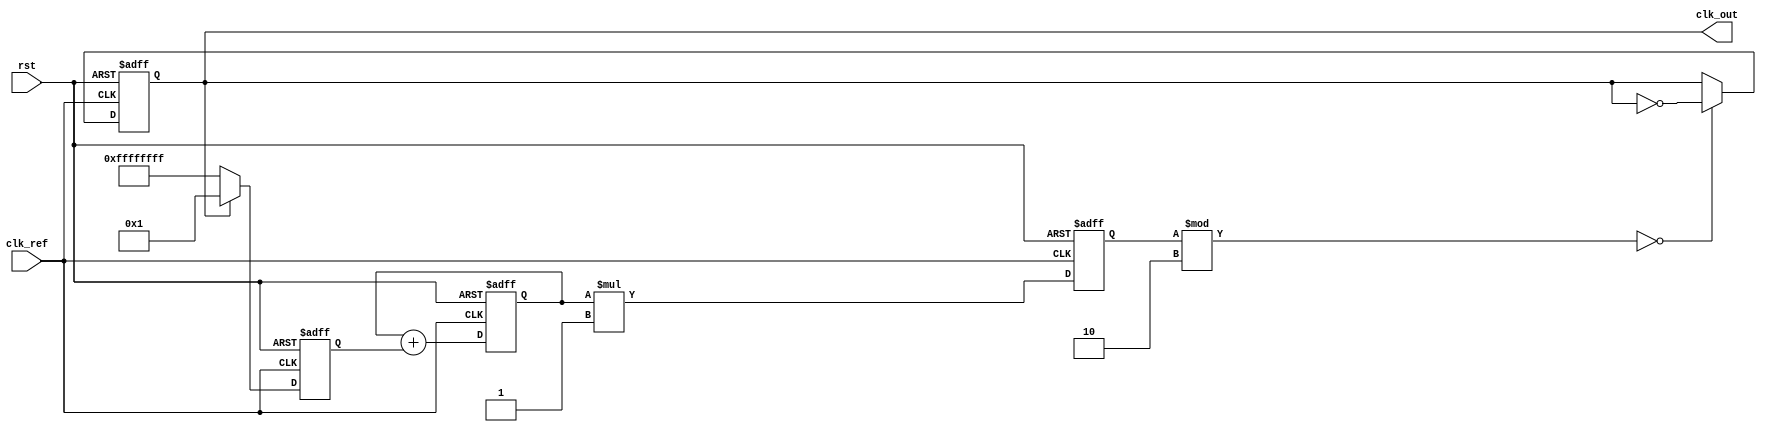
module parameterized_PLL #(
    parameter F_ref = 50_000_000,   // Reference frequency (Hz)
    parameter F_out = 100_000_000,  // Desired output frequency (Hz)
    parameter N = F_out / F_ref,     // Division ratio
    parameter VCO_sensitivity = 1,   // Sensitivity of VCO (Hz/V)
    parameter LOOP_FILTER_ORDER = 1  // 1 for first-order, 2 for second-order
) (
    input wire clk_ref,              // Reference clock input
    input wire rst,                  // Reset signal
    output reg clk_out               // Output clock
);

    // Internal signals
    reg [31:0] phase_error;          // Phase error signal
    reg [31:0] control_voltage;      // Control voltage for VCO
    reg [31:0] vco_output;           // VCO output
    reg [31:0] feedback;             // Feedback signal

    // Phase Detector (PD)
    always @(posedge clk_ref or posedge rst) begin
        if (rst) begin
            phase_error <= 0;
        end else begin
            // Simplified phase detection logic
            // Here you would ideally need to synchronize the clk_out and clk_ref
            if (clk_out) begin
                phase_error <= 1;  // Phase error detected, signal to increase frequency
            end else begin
                phase_error <= -1; // Phase error detected, signal to decrease frequency
            end
        end
    end

    // Loop Filter (LF)
    always @(posedge clk_ref or posedge rst) begin
        if (rst) begin
            control_voltage <= 0;
        end else begin
            // Simple integrator for Loop Filter (first-order)
            if (LOOP_FILTER_ORDER == 1) begin
                control_voltage <= control_voltage + phase_error;
            end else if (LOOP_FILTER_ORDER == 2) begin
                // Second-order Filter could be implemented here (more complex)
                // This is a simplified example
                control_voltage <= control_voltage + phase_error; // Implement your equations for two integrators
            end
        end
    end

    // Voltage-Controlled Oscillator (VCO)
    always @(posedge clk_ref or posedge rst) begin
        if (rst) begin
            vco_output <= 0;
        end else begin
            // Control frequency based on control voltage
            vco_output <= control_voltage * VCO_sensitivity;
            // Add logic to ensure frequency stays within design limits
        end
    end

    // Feedback Divider
    always @(posedge clk_ref or posedge rst) begin
        if (rst) begin
            clk_out <= 0;
        end else begin
            // Generate clk_out based on vco_output divided by N
            if (vco_output % N == 0) begin
                clk_out <= ~clk_out; // Toggle output clock when condition is met
            end
        end
    end

endmodule